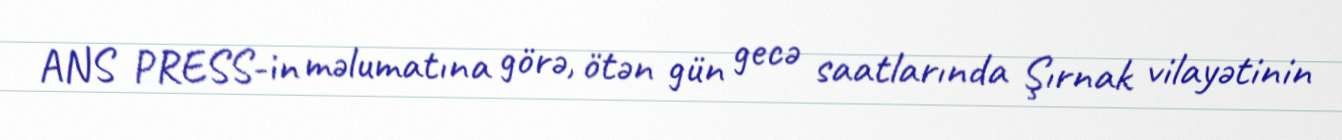
ANS PRESS-in məlumatına görə, ötən gün gecə saatlarında Şırnak vilayətinin